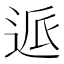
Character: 𰺺